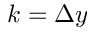
k = \Delta y